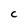
Character: C